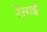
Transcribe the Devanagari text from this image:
रेसाई